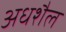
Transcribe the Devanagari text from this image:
अधशैल